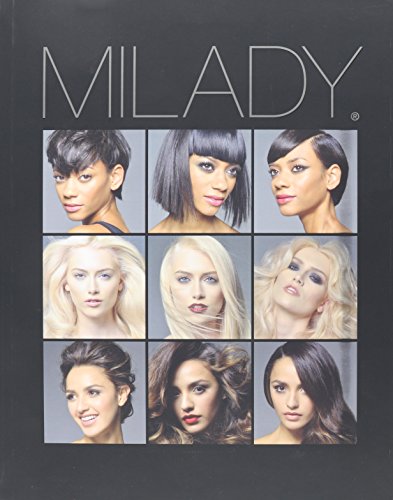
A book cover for Milady Standard Cosmetology 13th edition + Practical workbook + Exam Review + Theory Workbook: Milady Standard Cosmetology 2016 Bundle; Health, Fitness & Dieting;